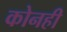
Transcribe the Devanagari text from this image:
कोनही